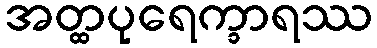
အတ္ထပုရေက္ခာရဿ